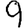
Digit: 9